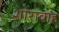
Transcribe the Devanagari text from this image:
शोराबाह